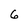
Character: 6